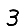
Digit: 3